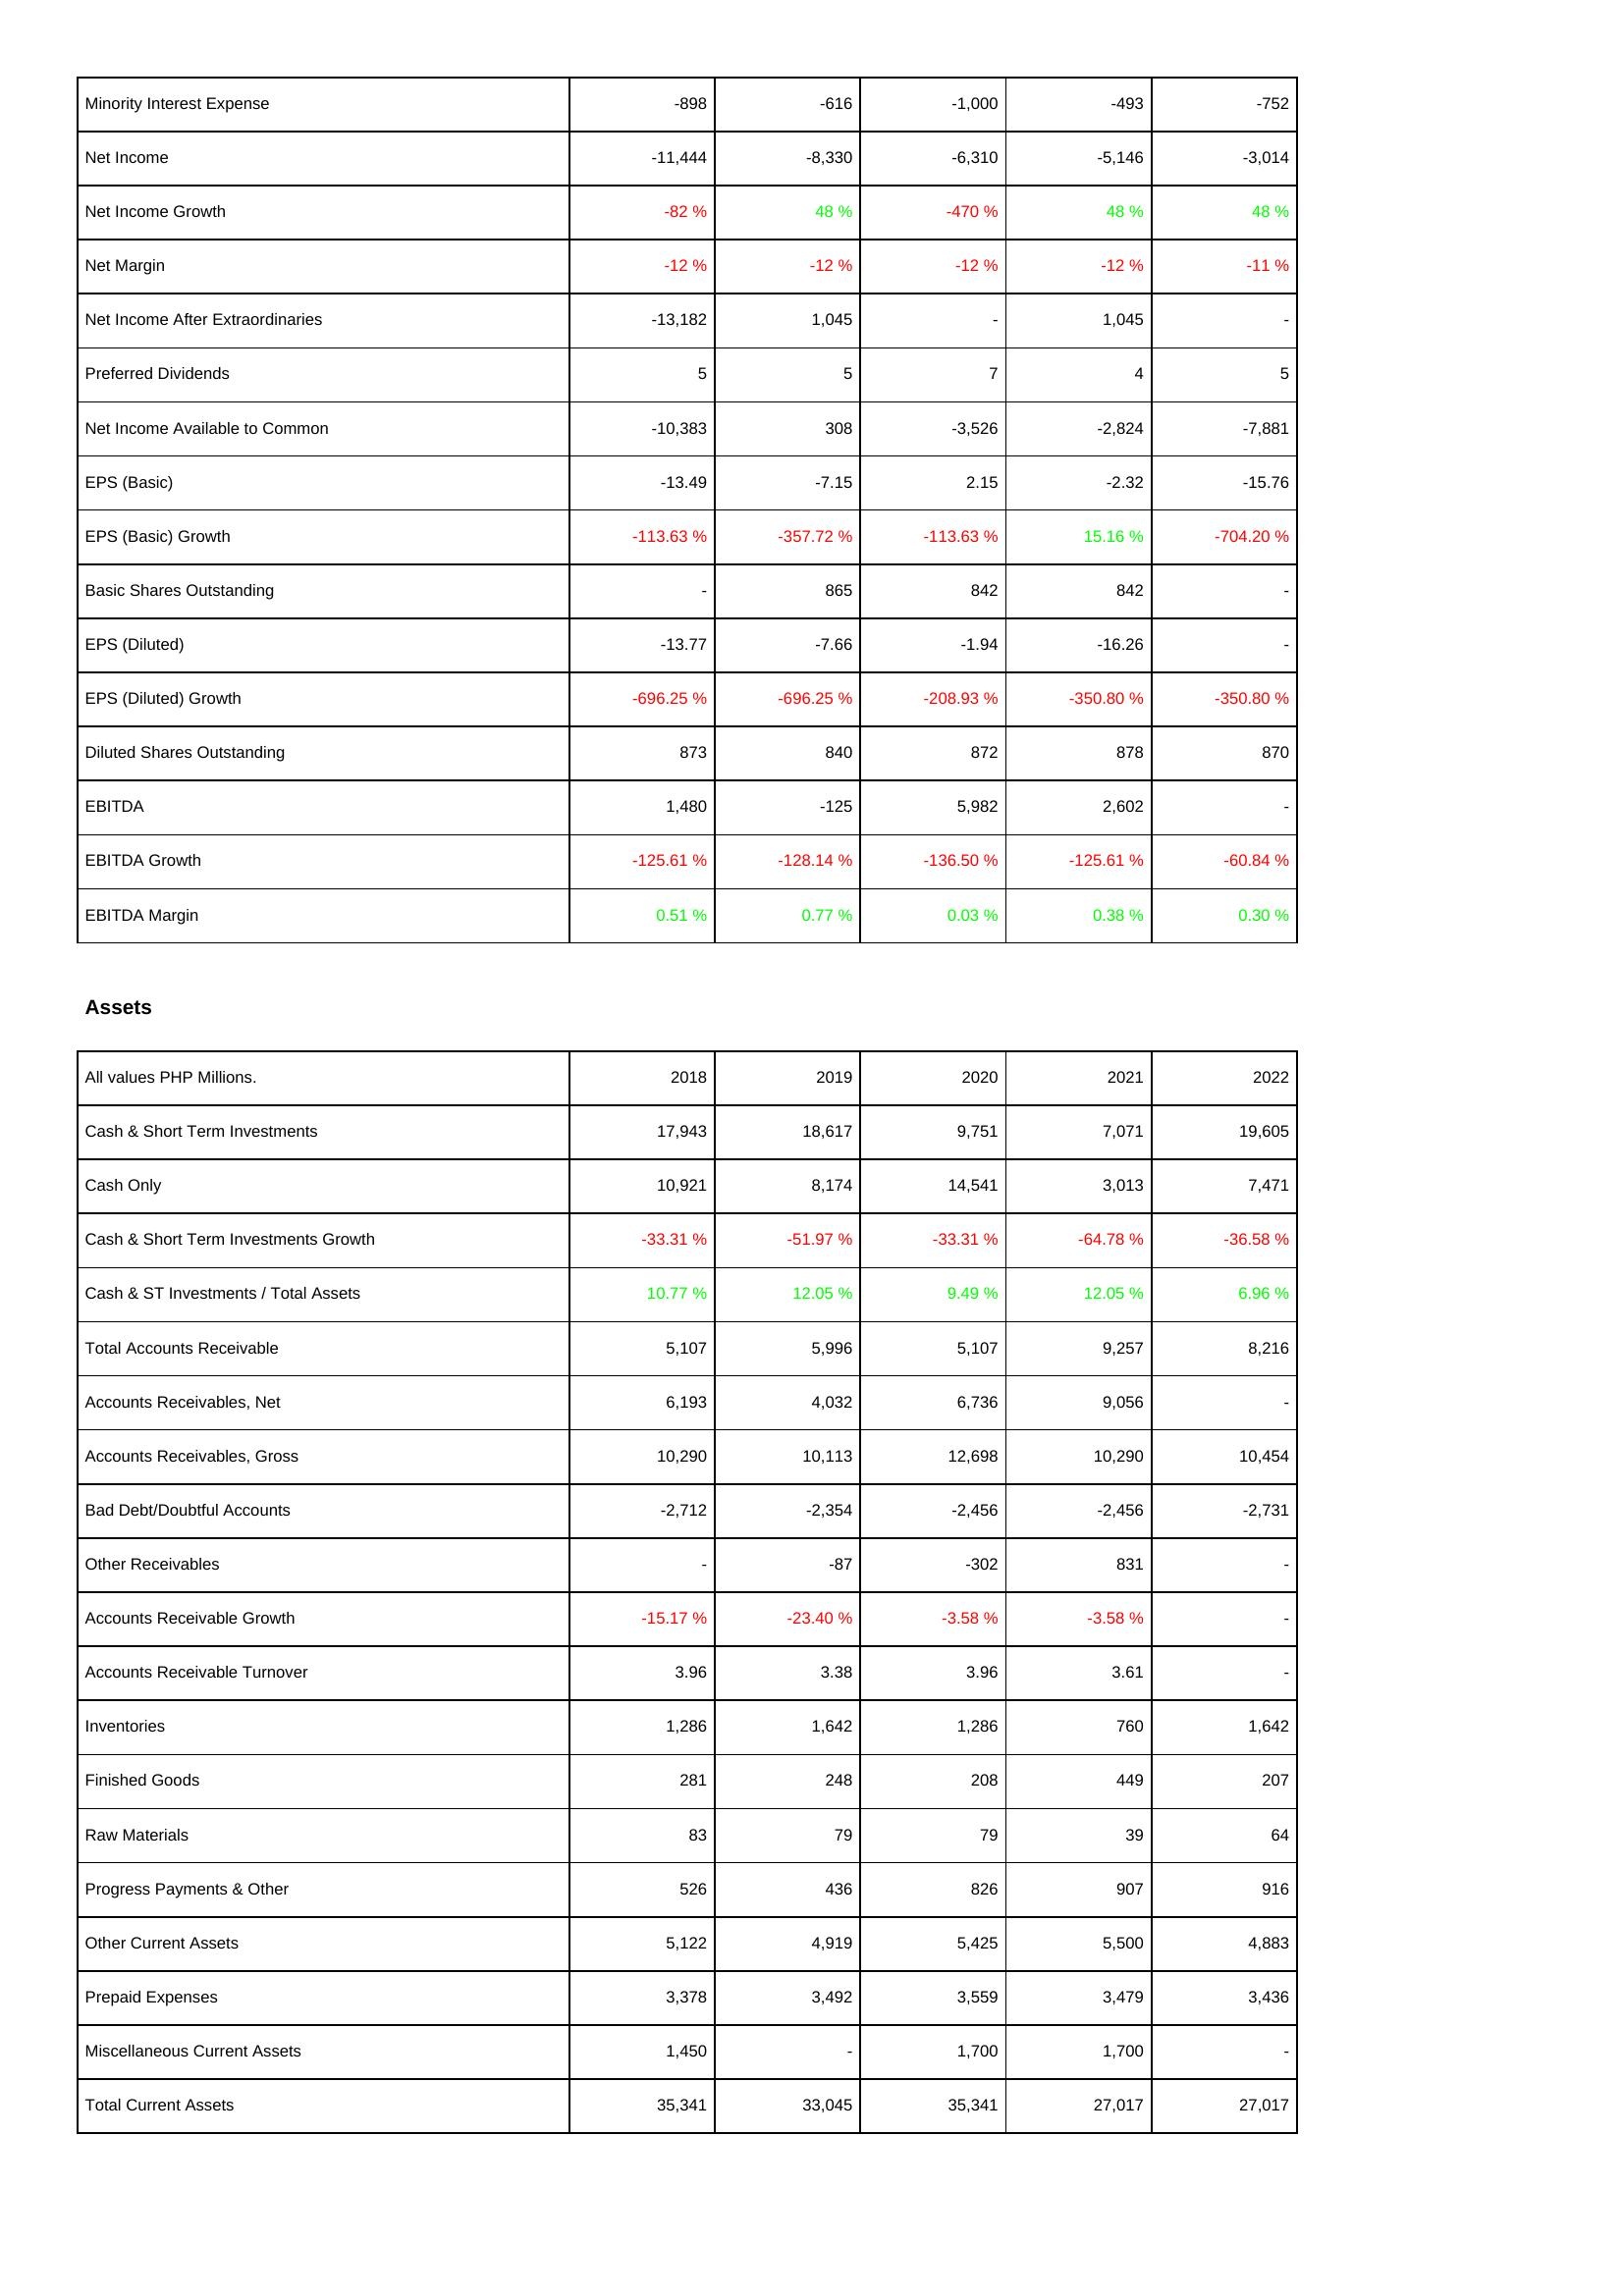
2018: Income Statement: Minority Interest Expense: -898
Net Income: -11,444
Net Income Growth: -82 %
Net Margin: -12 %
Net Income After Extraordinaries: -13,182
Preferred Dividends: 5
Net Income Available to Common: -10,383
EPS (Basic): -13.49
EPS (Basic) Growth: -113.63 %
Basic Shares Outstanding: -
EPS (Diluted): -13.77
EPS (Diluted) Growth: -696.25 %
Diluted Shares Outstanding: 873
EBITDA: 1,480
EBITDA Growth: -125.61 %
EBITDA Margin: 0.51 %
Assets: Cash & Short Term Investments: 17,943
Cash Only: 10,921
Cash & Short Term Investments Growth: -33.31 %
Cash & ST Investments / Total Assets: 10.77 %
Total Accounts Receivable: 5,107
Accounts Receivables, Net: 6,193
Accounts Receivables, Gross: 10,290
Bad Debt/Doubtful Accounts: -2,712
Other Receivables: -
Accounts Receivable Growth: -15.17 %
Accounts Receivable Turnover: 3.96
Inventories: 1,286
Finished Goods: 281
Raw Materials: 83
Progress Payments & Other: 526
Other Current Assets: 5,122
Prepaid Expenses: 3,378
Miscellaneous Current Assets: 1,450
Total Current Assets: 35,341
2019: Income Statement: Minority Interest Expense: -616
Net Income: -8,330
Net Income Growth: 48 %
Net Margin: -12 %
Net Income After Extraordinaries: 1,045
Preferred Dividends: 5
Net Income Available to Common: 308
EPS (Basic): -7.15
EPS (Basic) Growth: -357.72 %
Basic Shares Outstanding: 865
EPS (Diluted): -7.66
EPS (Diluted) Growth: -696.25 %
Diluted Shares Outstanding: 840
EBITDA: -125
EBITDA Growth: -128.14 %
EBITDA Margin: 0.77 %
Assets: Cash & Short Term Investments: 18,617
Cash Only: 8,174
Cash & Short Term Investments Growth: -51.97 %
Cash & ST Investments / Total Assets: 12.05 %
Total Accounts Receivable: 5,996
Accounts Receivables, Net: 4,032
Accounts Receivables, Gross: 10,113
Bad Debt/Doubtful Accounts: -2,354
Other Receivables: -87
Accounts Receivable Growth: -23.40 %
Accounts Receivable Turnover: 3.38
Inventories: 1,642
Finished Goods: 248
Raw Materials: 79
Progress Payments & Other: 436
Other Current Assets: 4,919
Prepaid Expenses: 3,492
Miscellaneous Current Assets: -
Total Current Assets: 33,045
2020: Income Statement: Minority Interest Expense: -1,000
Net Income: -6,310
Net Income Growth: -470 %
Net Margin: -12 %
Net Income After Extraordinaries: -
Preferred Dividends: 7
Net Income Available to Common: -3,526
EPS (Basic): 2.15
EPS (Basic) Growth: -113.63 %
Basic Shares Outstanding: 842
EPS (Diluted): -1.94
EPS (Diluted) Growth: -208.93 %
Diluted Shares Outstanding: 872
EBITDA: 5,982
EBITDA Growth: -136.50 %
EBITDA Margin: 0.03 %
Assets: Cash & Short Term Investments: 9,751
Cash Only: 14,541
Cash & Short Term Investments Growth: -33.31 %
Cash & ST Investments / Total Assets: 9.49 %
Total Accounts Receivable: 5,107
Accounts Receivables, Net: 6,736
Accounts Receivables, Gross: 12,698
Bad Debt/Doubtful Accounts: -2,456
Other Receivables: -302
Accounts Receivable Growth: -3.58 %
Accounts Receivable Turnover: 3.96
Inventories: 1,286
Finished Goods: 208
Raw Materials: 79
Progress Payments & Other: 826
Other Current Assets: 5,425
Prepaid Expenses: 3,559
Miscellaneous Current Assets: 1,700
Total Current Assets: 35,341
2021: Income Statement: Minority Interest Expense: -493
Net Income: -5,146
Net Income Growth: 48 %
Net Margin: -12 %
Net Income After Extraordinaries: 1,045
Preferred Dividends: 4
Net Income Available to Common: -2,824
EPS (Basic): -2.32
EPS (Basic) Growth: 15.16 %
Basic Shares Outstanding: 842
EPS (Diluted): -16.26
EPS (Diluted) Growth: -350.80 %
Diluted Shares Outstanding: 878
EBITDA: 2,602
EBITDA Growth: -125.61 %
EBITDA Margin: 0.38 %
Assets: Cash & Short Term Investments: 7,071
Cash Only: 3,013
Cash & Short Term Investments Growth: -64.78 %
Cash & ST Investments / Total Assets: 12.05 %
Total Accounts Receivable: 9,257
Accounts Receivables, Net: 9,056
Accounts Receivables, Gross: 10,290
Bad Debt/Doubtful Accounts: -2,456
Other Receivables: 831
Accounts Receivable Growth: -3.58 %
Accounts Receivable Turnover: 3.61
Inventories: 760
Finished Goods: 449
Raw Materials: 39
Progress Payments & Other: 907
Other Current Assets: 5,500
Prepaid Expenses: 3,479
Miscellaneous Current Assets: 1,700
Total Current Assets: 27,017
2022: Income Statement: Minority Interest Expense: -752
Net Income: -3,014
Net Income Growth: 48 %
Net Margin: -11 %
Net Income After Extraordinaries: -
Preferred Dividends: 5
Net Income Available to Common: -7,881
EPS (Basic): -15.76
EPS (Basic) Growth: -704.20 %
Basic Shares Outstanding: -
EPS (Diluted): -
EPS (Diluted) Growth: -350.80 %
Diluted Shares Outstanding: 870
EBITDA: -
EBITDA Growth: -60.84 %
EBITDA Margin: 0.30 %
Assets: Cash & Short Term Investments: 19,605
Cash Only: 7,471
Cash & Short Term Investments Growth: -36.58 %
Cash & ST Investments / Total Assets: 6.96 %
Total Accounts Receivable: 8,216
Accounts Receivables, Net: -
Accounts Receivables, Gross: 10,454
Bad Debt/Doubtful Accounts: -2,731
Other Receivables: -
Accounts Receivable Growth: -
Accounts Receivable Turnover: -
Inventories: 1,642
Finished Goods: 207
Raw Materials: 64
Progress Payments & Other: 916
Other Current Assets: 4,883
Prepaid Expenses: 3,436
Miscellaneous Current Assets: -
Total Current Assets: 27,017